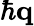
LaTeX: \hbar{\mathbf q}